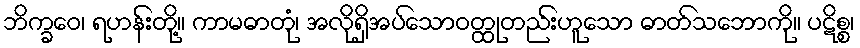
ဘိက္ခဝေ၊ ရဟန်းတို့။ ကာမဓာတုံ၊ အလိုရှိအပ်သောဝတ္ထုတည်းဟူသော ဓာတ်သဘောကို။ ပဋိစ္စ၊